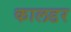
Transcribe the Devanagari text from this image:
कालडर